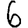
Digit: 6